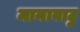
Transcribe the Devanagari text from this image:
मानावाटु